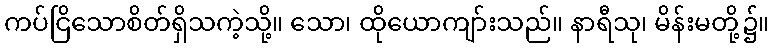
ကပ်ငြိသောစိတ်ရှိသကဲ့သို့။ သော၊ ထိုယောကျာ်းသည်။ နာရီသု၊ မိန်းမတို့၌။